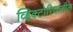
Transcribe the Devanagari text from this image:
व्हिक्टोरियातील